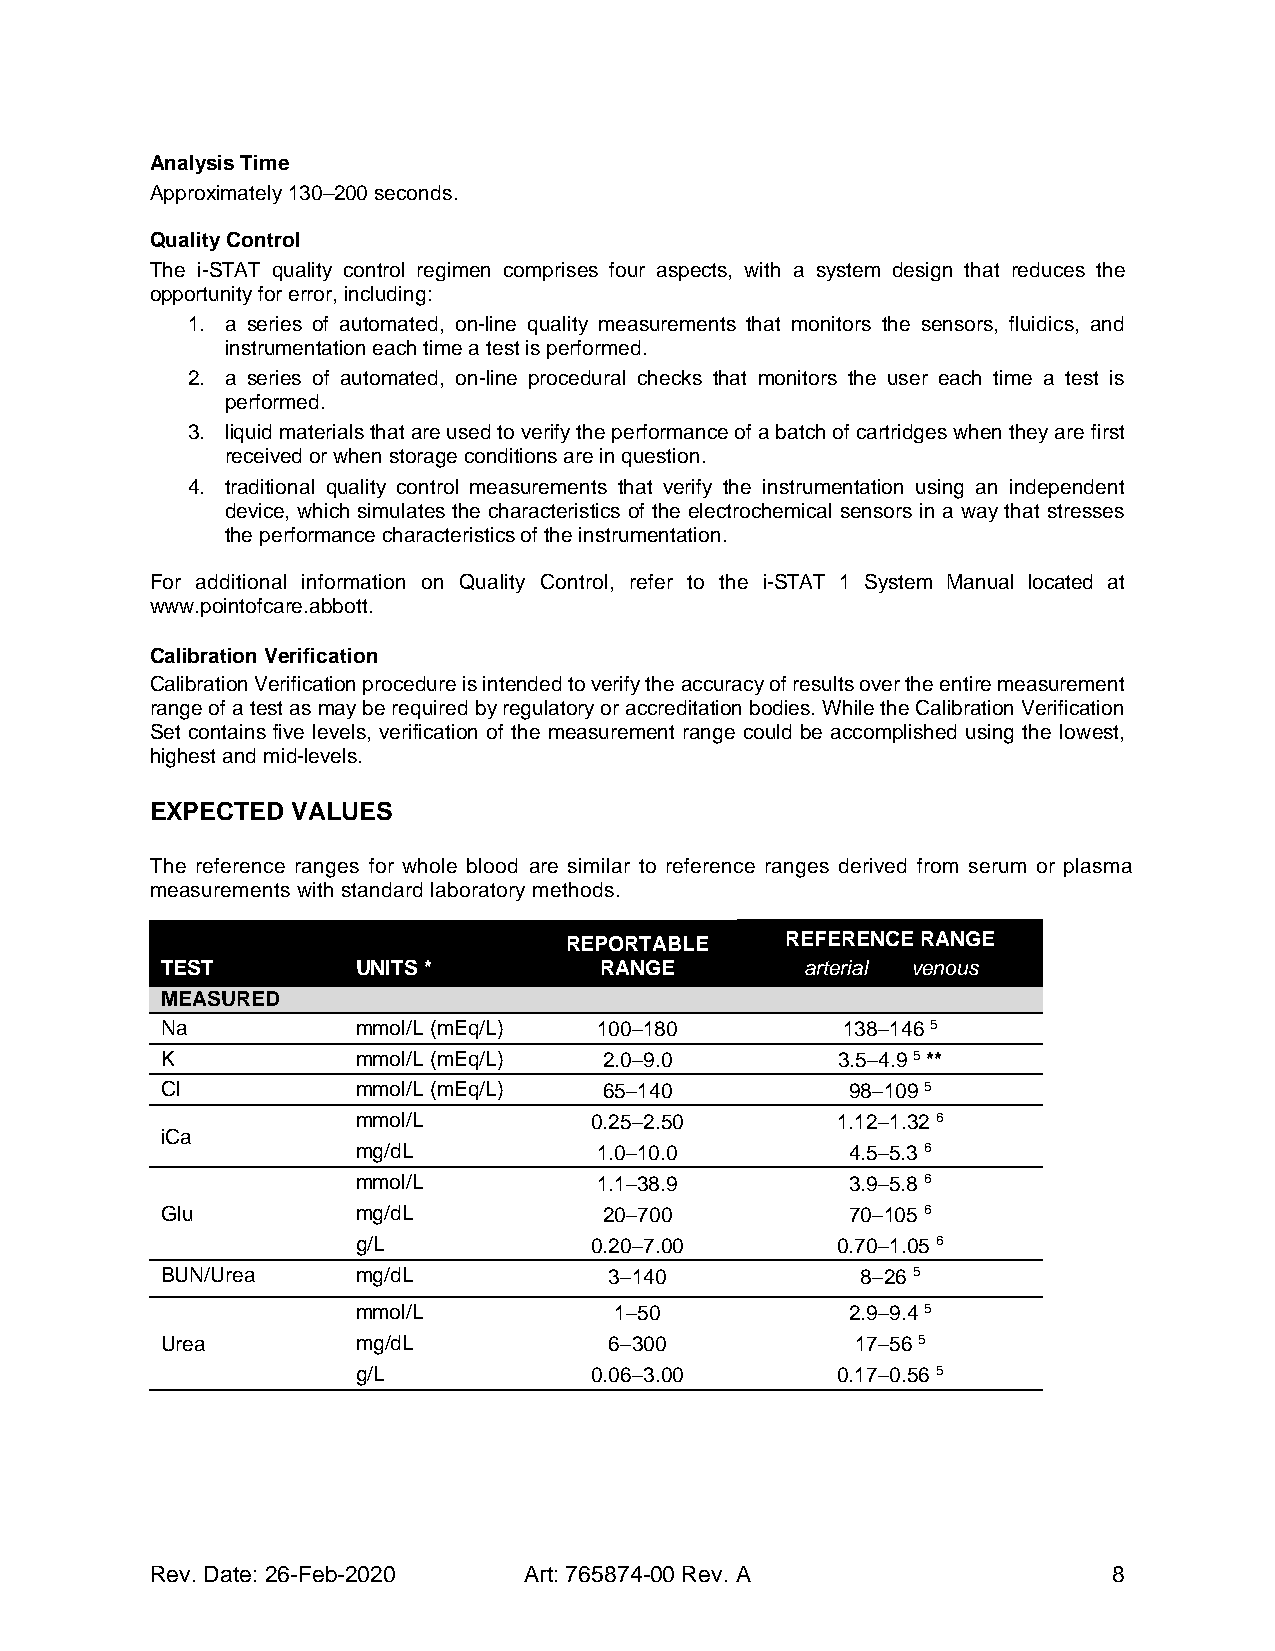
Analysis Time
 Approximately 130–200 seconds.
 Quality Control
 The i-STAT quality control regimen comprises four aspects, with a system design that reduces the
 opportunity for error, including:
 1. a series of automated, on-line quality measurements that monitors the sensors, fluidics, and
 instrumentation each time a test is performed.
 2. a series of automated, on-line procedural checks that monitors the user each time a test is
 performed.
 3. liquid materials that are used to verify the performance of a batch of cartridges when they are first
 received or when storage conditions are in question.
 4. traditional quality control measurements that verify the instrumentation using an independent
 device, which simulates the characteristics of the electrochemical sensors in a way that stresses
 the performance characteristics of the instrumentation.
 For additional information on Quality Control, refer to the i-STAT 1 System Manual located at
 www.pointofcare.abbott.
 Calibration Verification
 Calibration Verification procedure is intended to verify the accuracy of results over the entire measurement
 range of a test as may be required by regulatory or accreditation bodies. While the Calibration Verification
 Set contains five levels, verification of the measurement range could be accomplished using the lowest,
 highest and mid-levels.
 EXPECTED VALUES
 The reference ranges for whole blood are similar to reference ranges derived from serum or plasma
 measurements with standard laboratory methods.
 REPORTABLE     REFERENCE RANGE
 TEST         UNITS *         RANGE        arterial venous
 MEASURED
 Na           mmol/L (mEq/L)  100−180         138−146 5
 K            mmol/L (mEq/L)  2.0−9.0        3.5−4.9 5 **
 Cl           mmol/L (mEq/L)  65−140          98−109 5
 mmol/L         0.25−2.50       1.12−1.32 6
 iCa
 mg/dL           1.0−10.0        4.5−5.3 6
 mmol/L          1.1−38.9        3.9−5.8 6
 Glu          mg/dL           20−700          70−105 6
 g/L            0.20−7.00       0.70−1.05 6
 BUN/Urea     mg/dL           3−140            8−26 5
 mmol/L           1−50           2.9−9.4 5
 Urea         mg/dL           6−300            17−56 5
 g/L            0.06−3.00       0.17−0.56 5
 Rev. Date: 26-Feb-2020   Art: 765874-00 Rev. A                  8